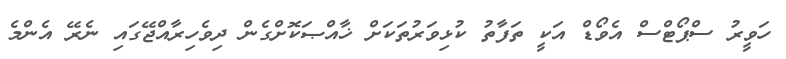
ހަވީރު ސްޕޯޓްސް އެވޯޑް އަކީ ތަފާތު ކުޅިވަރުތަކަށް ޚާއްޞަކޮށްގެން ދިވެހިރާއްޖޭގައި ނެރޭ އެންމެ